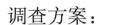
调查方案：